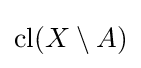
\operatorname {cl} (X\setminus A)